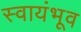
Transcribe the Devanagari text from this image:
स्वायंभूव